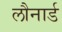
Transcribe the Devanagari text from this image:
लौनार्ड